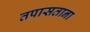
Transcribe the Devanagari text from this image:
तपासताना